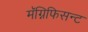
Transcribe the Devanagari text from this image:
मॅग्निफिसन्ट